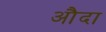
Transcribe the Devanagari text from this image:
औदा